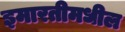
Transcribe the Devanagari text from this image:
इमारतीमधील